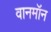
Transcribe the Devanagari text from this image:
वानमॉन